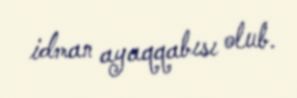
idman ayaqqabısı olub.